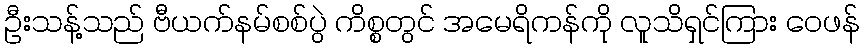
ဦးသန့်သည် ဗီယက်နမ်စစ်ပွဲ ကိစ္စတွင် အမေရိကန်ကို လူသိရှင်ကြား ဝေဖန်